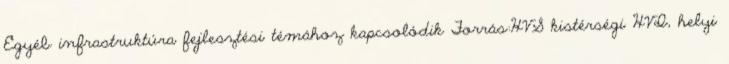
Egyéb infrastruktúra fejlesztési témához kapcsolódik Forrás:HVS kistérségi HVI, helyi